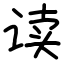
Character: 读